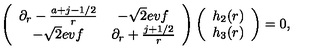
\left( \begin{array} { c c } { \partial _ { r } - { \frac { a + j - 1 / 2 } { r } } } & { - \sqrt { 2 } e v f } \\ { - \sqrt { 2 } e v f } & { \partial _ { r } + { \frac { j + 1 / 2 } { r } } } \\ \end{array} \right) \left( \begin{array} { c } { h _ { 2 } ( r ) } \\ { h _ { 3 } ( r ) } \\ \end{array} \right) = 0 ,